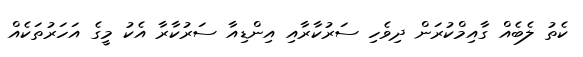
ކެތު ލެބެއް ގާއިމްކުރަން ދިވެހި ސަރުކާރާއި އިންޑިއާ ސަރުކާރާ އެކު މީގެ އަހަރުތަކެއް